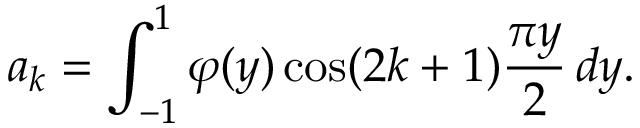
a _ { k } = \int _ { - 1 } ^ { 1 } \varphi ( y ) \cos ( 2 k + 1 ) { \frac { \pi y } { 2 } } \, d y .